Civil Veterinary Department Bengal reports 1923-33 - 1923-1933
Year: 1923
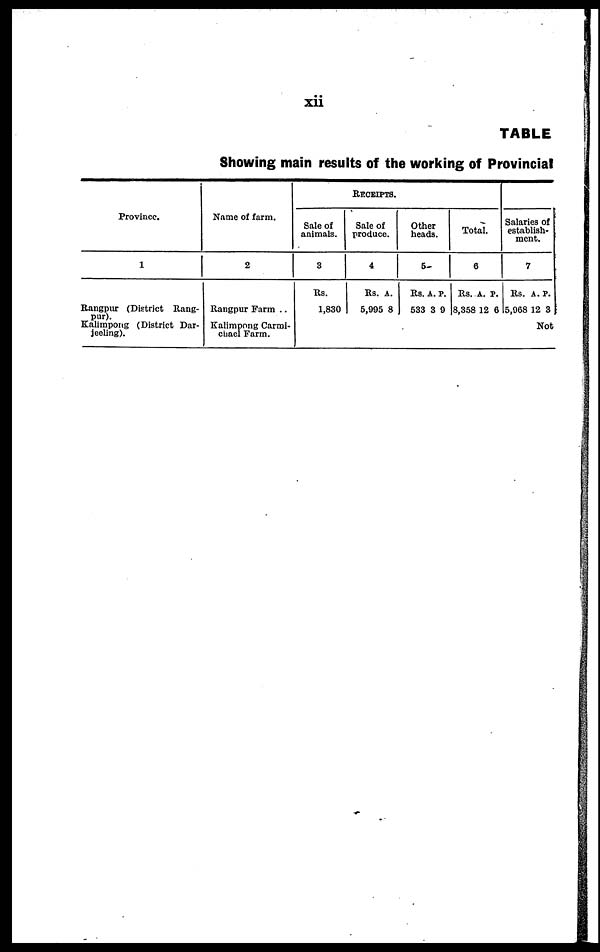
xii
TABLE
Showing main results of the working of Provincial
Province.
1
Rangpur (District Rang-
Kalimpong (District Dar-
jeeling).
Name of farm.
2
Rangpur Farm ..
Kalimpong Carmi-
chael Farm.
RECEIPTS.
Sale of
animals.
3
Rs.
1,830
Sale of
produce.
4
Rs.
5,995
A.
8
Other
heads.
5
Rs.
533
A.
3
P.
0
Total.
6
Rs.
8,358
A.
12
P.
6
Salaries of
establish-
--nt.
7
Rs.
5,068
A.
12
P.
3
Not